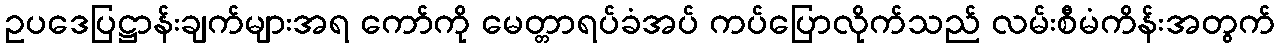
ဥပဒေပြဋ္ဌာန်းချက်များအရ ကော်ကို မေတ္တာရပ်ခံအပ် ကပ်ပြောလိုက်သည် လမ်းစီမံကိန်းအတွက်